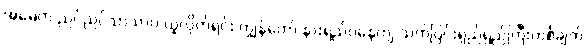
အမေက ညင်ညင်သာသာပဲ ယူလိုက်ရင်း ကျွန်တော် နားရည်ဝနေကျ သက်ပြင်းရှည်ရှည်ကြီးတစ်ချက်